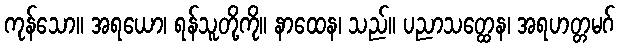
ကုန်သော။ အရယော၊ ရန်သူတို့ကို။ နာထေန၊ သည်။ ပညာသတ္ထေန၊ အရဟတ္တမဂ်